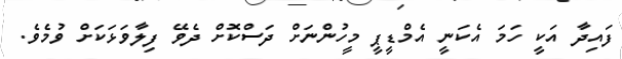
ފައިދާ އަކީ ހަމަ އެކަނީ އެމްޑީޕީ މީހުންނަށް ދަސްކޮށް ދެވޭ ފިލާވަޅަކަށް ވުމެވެ.